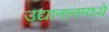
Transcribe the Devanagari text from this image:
उद्यानानमध्ये